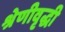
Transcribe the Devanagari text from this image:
श्रेणीवृद्धी